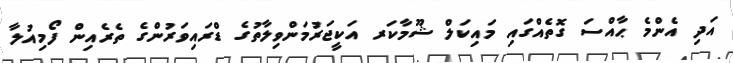
އަދި އެންމެ ޙާއްސަ ގޮތެއްގައި މައިކަލް ޝޫމާކަރ އަކީޖަރުމަންވިލާތުގެ ޑްރައިވަރުންގެ ތެރެއިން ފޯމިއުލާ